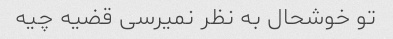
تو خوشحال به نظر نمیرسی قضیه چیه